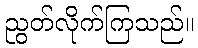
ညွတ်လိုက်ကြသည်။